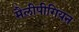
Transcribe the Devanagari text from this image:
मैलीपीगियन